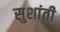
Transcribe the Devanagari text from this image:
सुशांती